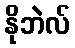
နိုဘဲလ်